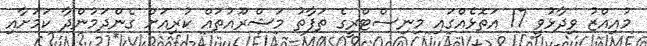
މުއިއްޒު ވިދާޅުވީ 17 އަތޮޅެއްގައި މިނިސްޓްރީގެ ތަފާތު މަޝްރޫއުތައް ކުރިއަށް ގެންދަމުންދާ ކަމަށާއި